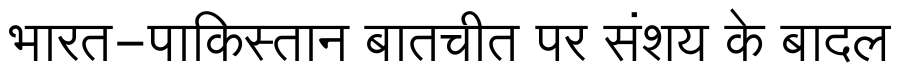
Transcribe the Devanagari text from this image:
भारत-पाकिस्तान बातचीत पर संशय के बादल